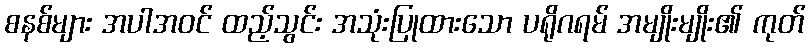
စနစ်များ အပါအဝင် ထည့်သွင်း အသုံးပြုထားသော ပရိုဂရမ် အမျိုးမျိုး၏ ကုတ်